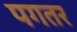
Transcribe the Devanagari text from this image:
पगतर